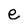
Character: e